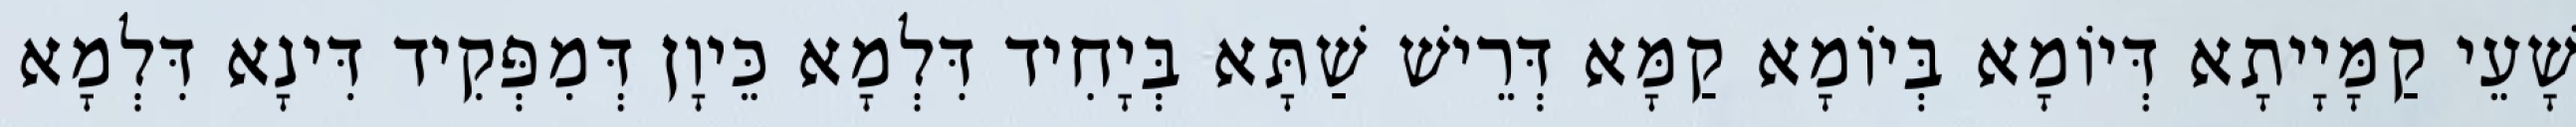
שָׁעֵי קַמָּיָיתָא דְּיוֹמָא בְּיוֹמָא קַמָּא דְּרֵישׁ שַׁתָּא בְּיָחִיד דִּלְמָא כֵּיוָן דְּמִפְּקִיד דִּינָא דִּלְמָא